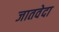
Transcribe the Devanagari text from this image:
जातवेदा